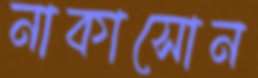
নাকাসোন